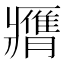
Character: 𦢖